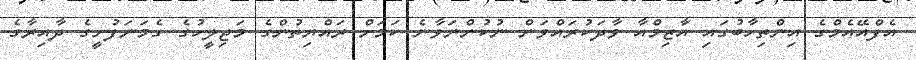
އެފްއޭއެމްގެ އިންތިހާބުގައި އާޒިމްއާ ވާދަކުރައްވަން ނުކުންނަވާނެ ކަމަށް ރައްޔިތުންގެ މަޖިލީހުގެ ގެމަނަފުށީގެ ދާއިރާގެ